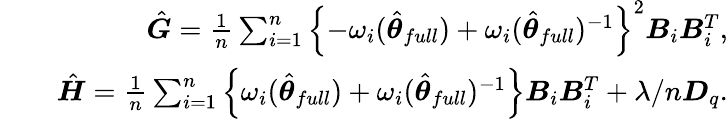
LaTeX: \begin{array}{rlr}&{}&{\hat{\boldsymbol{G}}=\frac{1}{n}\sum_{i=1}^{n}\left\{ -\omega_{i}(\hat{\boldsymbol{\theta}}_{full})+\omega_{i}(\hat{\boldsymbol{\theta}}_{full})^{-1}\right\} ^{2}\boldsymbol{B}_{i}\boldsymbol{B}_{i}^{T},}\\ &{}&{\hat{\boldsymbol{H}}=\frac{1}{n}\sum_{i=1}^{n}\left\{ \omega_{i}(\hat{\boldsymbol{\theta}}_{full})+\omega_{i}(\hat{\boldsymbol{\theta}}_{full})^{-1}\right\} \boldsymbol{B}_{i}\boldsymbol{B}_{i}^{T}+\lambda/n\boldsymbol{D}_{q}.}\end{array}